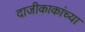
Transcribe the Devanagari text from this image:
दाजीकाकांच्या